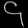
Digit: ၄